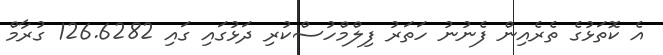
އެ ކޮތަޅުގެ ތެރެއިން ފެނުނު ހަތަރު ފިލްމްހުސްކުރި ދަޅުގައި ގައި 126.6282 ގުރާމް